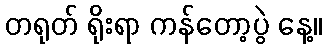
တရုတ် ရိုးရာ ကန်တော့ပွဲ နေ့။